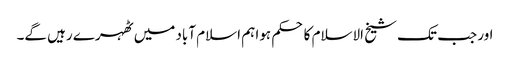
اور جب تک شیخ الاسلام کا حکم ہوا ہم اسلام آباد میں ٹھہرے رہیں گے۔